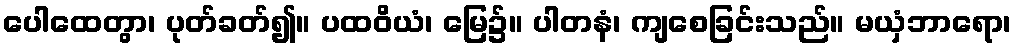
ပေါထေတွာ၊ ပုတ်ခတ်၍။ ပထဝိယံ၊ မြေ၌။ ပါတနံ၊ ကျစေခြင်းသည်။ မယှံဘာရော၊